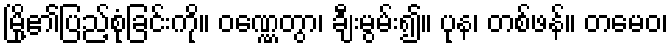
မြို့၏ပြည့်စုံခြင်းကို။ ဝဏ္ဏေတွာ၊ ချီးမွမ်း၍။ ပုန၊ တစ်ဖန်။ တမေဝ၊